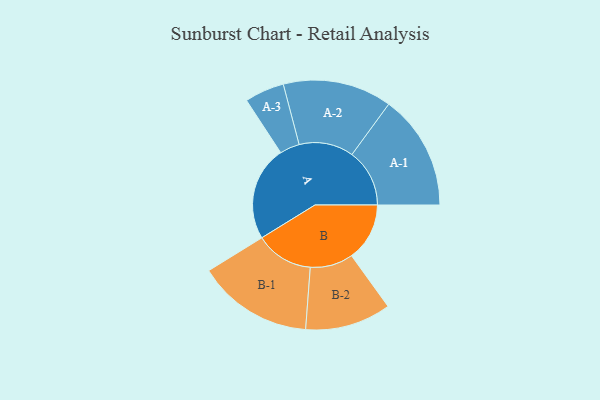
{"axis": {"x": "Segment", "y": "Value"}, "legend": ["", "A", "B"], "data": [{"x": "A", "y": 483, "type": ""}, {"x": "B", "y": 296, "type": ""}, {"x": "A-1", "y": 294, "type": "A"}, {"x": "A-2", "y": 278, "type": "A"}, {"x": "A-3", "y": 101, "type": "A"}, {"x": "B-1", "y": 295, "type": "B"}, {"x": "B-2", "y": 219, "type": "B"}]}